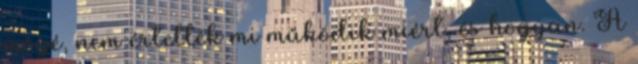
mögé, nem értették mi működik miért, és hogyan. A